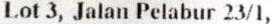
LOT 3, JALAN PELABUR 23/1,